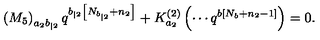
\left( M _ { 5 } \right) _ { a _ { 2 } b _ { | 2 } } q ^ { b _ { | 2 } \left[ N _ { b _ { | 2 } } + n _ { 2 } \right] } + K _ { a _ { 2 } } ^ { \left( 2 \right) } \left( \cdots q ^ { b \left[ N _ { b } + n _ { 2 } - 1 \right] } \right) = 0 .